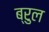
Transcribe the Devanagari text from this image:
ब्रुल